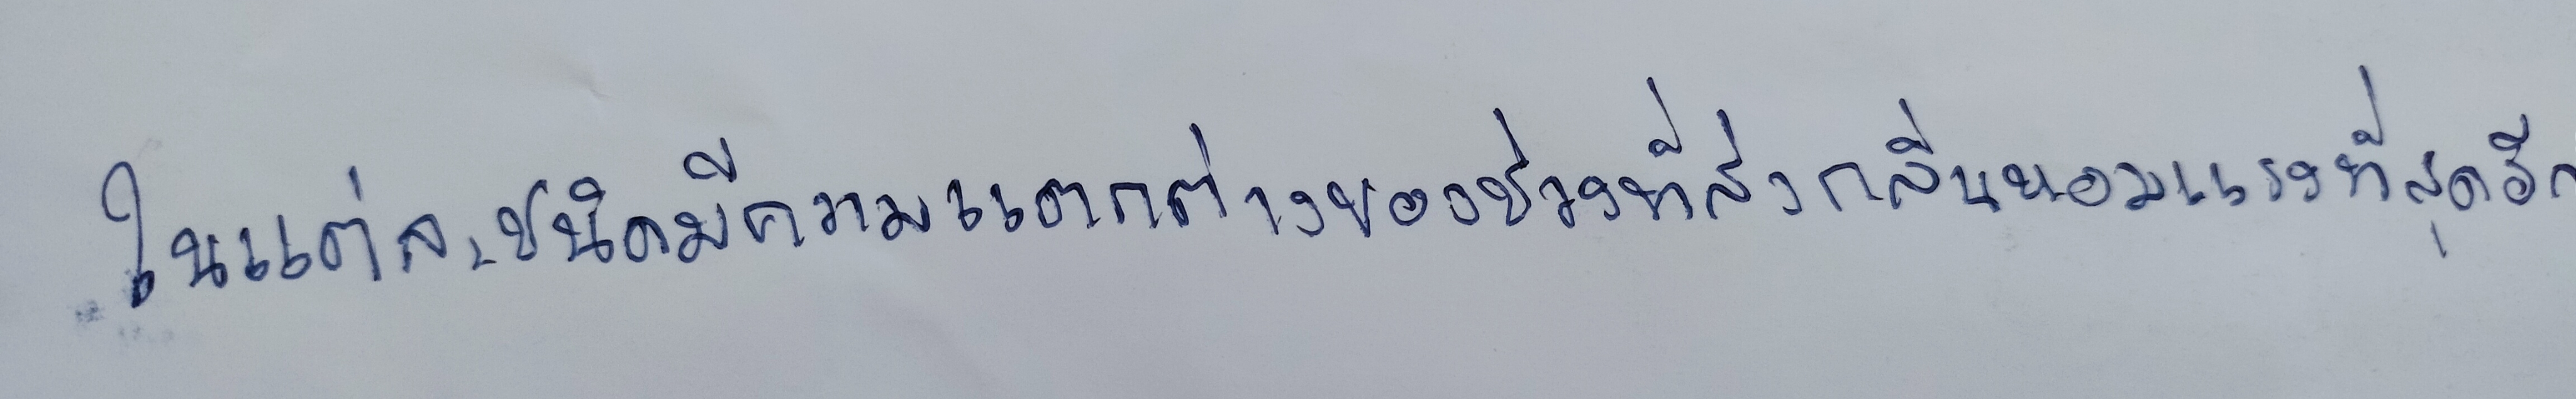
ในแต่ละชนิดยังมีความแตกต่างของช่วงที่ส่งกลิ่นหอมแรงที่สุดอีก